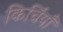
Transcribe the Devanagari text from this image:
किर्चियाँ